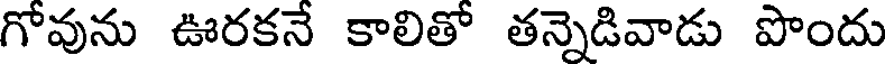
గోవును ఊరకనే కాలితో తన్నెడివాడు పొందు